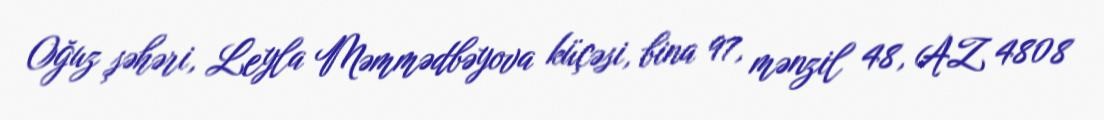
Oğuz şəhəri, Leyla Məmmədbəyova küçəsi, bina 97, mənzil 48, AZ 4808